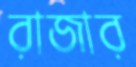
রাজার